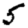
Digit: 5